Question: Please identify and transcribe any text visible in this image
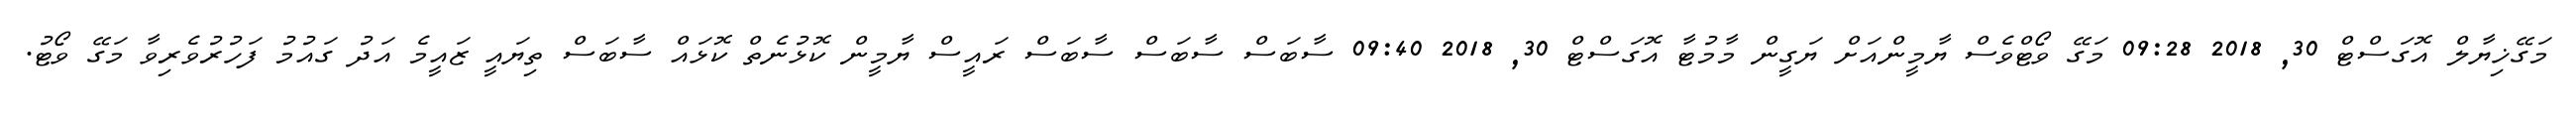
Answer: މަގޭޚިޔާލް އޮގަސްޓް 30, 2018 09:28 މަގޭ ވޯޓްވެސް ޔާމީންއަށް ޔަގީން މާމުޓާ އޮގަސްޓް 30, 2018 09:40 ސާބަސް ސާބަސް ސާބަސް ރައީސް ޔާމީން ކޮޅުނެތް ކޮޅައް ސާބަސް ތިޔައީ ޒައީމެ އަދު ގައުމު ފަހުރުވެރިވާ މަގޭ ވޯޓު.